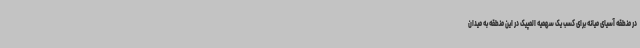
در منطقه آسیای میانه برای کسب یک سهمیه المپیک در این منطقه به میدان